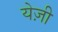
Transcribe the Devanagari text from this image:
येज़ी